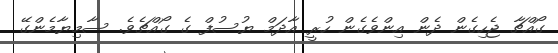
ގޯއްޗާ ޖެހިގެން ދެން އިންވެގެން ހުރީ އާދަމް ޔުސުފް ގެ ގޯއްޗެވެ. ސާމިޔާމެންގޭ